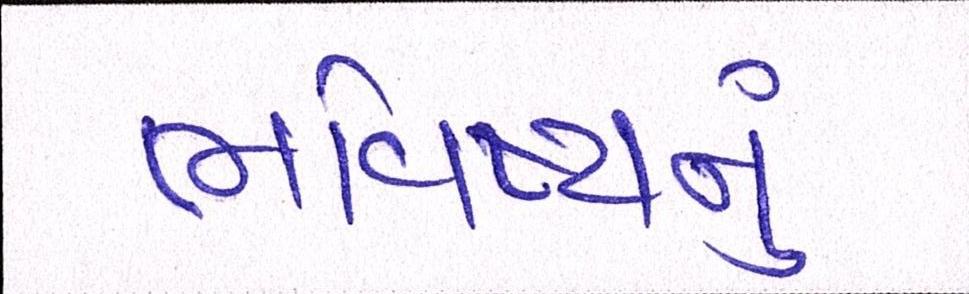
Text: ભવિષ્યનું